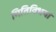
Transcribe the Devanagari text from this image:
गितिविधयां